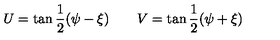
U = \tan \frac 1 2 ( \psi - \xi ) \quad \quad V = \tan \frac 1 2 ( \psi + \xi )